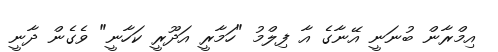
އިމްރާން ބުނަނީ އޭނާގެ އާ ފިލްމު "ހަމާރީ އަދޫރީ ކަހާނީ" ވެގެން ދާނީ